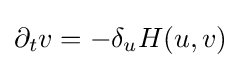
\partial _{t}v=-\delta _{u}H(u,v)